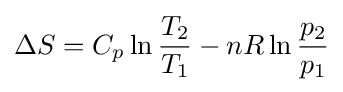
\Delta S=C_{p}\ln {T_{2} \over T_{1}}-nR\ln {p_{2} \over p_{1}}